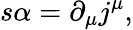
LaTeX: s\alpha=\partial_{\mu}j^{\mu},